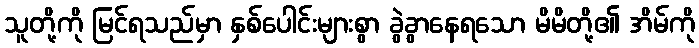
သူတို့ကို မြင်ရသည်မှာ နှစ်ပေါင်းများစွာ ခွဲခွာနေရသော မိမိတို့၏ အိမ်ကို